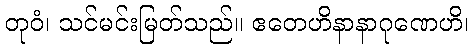
တုဝံ၊ သင်မင်းမြတ်သည်။ ဧတေဟိနာနာဂုဏေဟိ၊